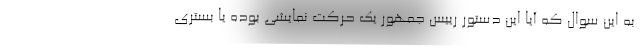
به این سوال که آیا این دستور رییس جمهور یک حرکت نمایشی بوده یا بستری